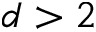
d > 2